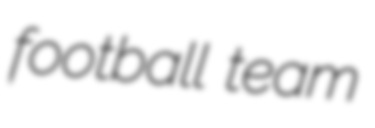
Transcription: football team